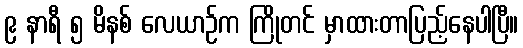
၉ နာရီ ၅ မိနစ် လေယာဉ်က ကြိုတင် မှာထားတာပြည့်နေပါပြီ။